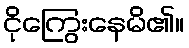
ငိုကြွေးနေမိ၏။